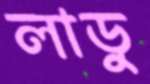
লাডু